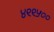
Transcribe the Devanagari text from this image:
४९९५००